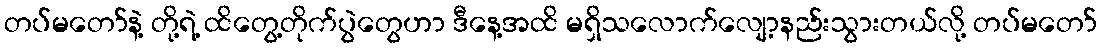
တပ်မတော်နဲ့ တို့ရဲ့ ထိတွေ့တိုက်ပွဲတွေဟာ ဒီနေ့အထိ မရှိသလောက်လျော့နည်းသွားတယ်လို့ တပ်မတော်